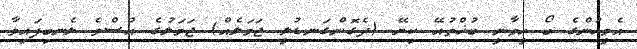
އެމީހުންގެ ބޯ ހީވާނީ ބުޚްތުއޭ ކިޔޭ (ދެގޮންގަނޑުލީ ޖަމަލެއް) ޖަމަލުގެ އުސްވެ ލެނބިފައިވާ